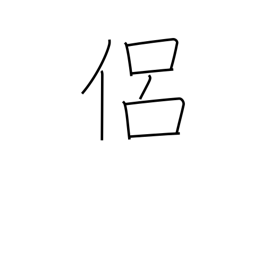
Meaning: follower